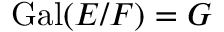
\mathrm { { G a l } } ( E / F ) = G